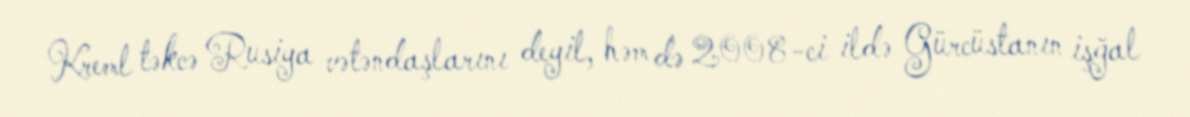
Kreml təkcə Rusiya vətəndaşlarını deyil, həm də 2008-ci ildə Gürcüstanın işğal